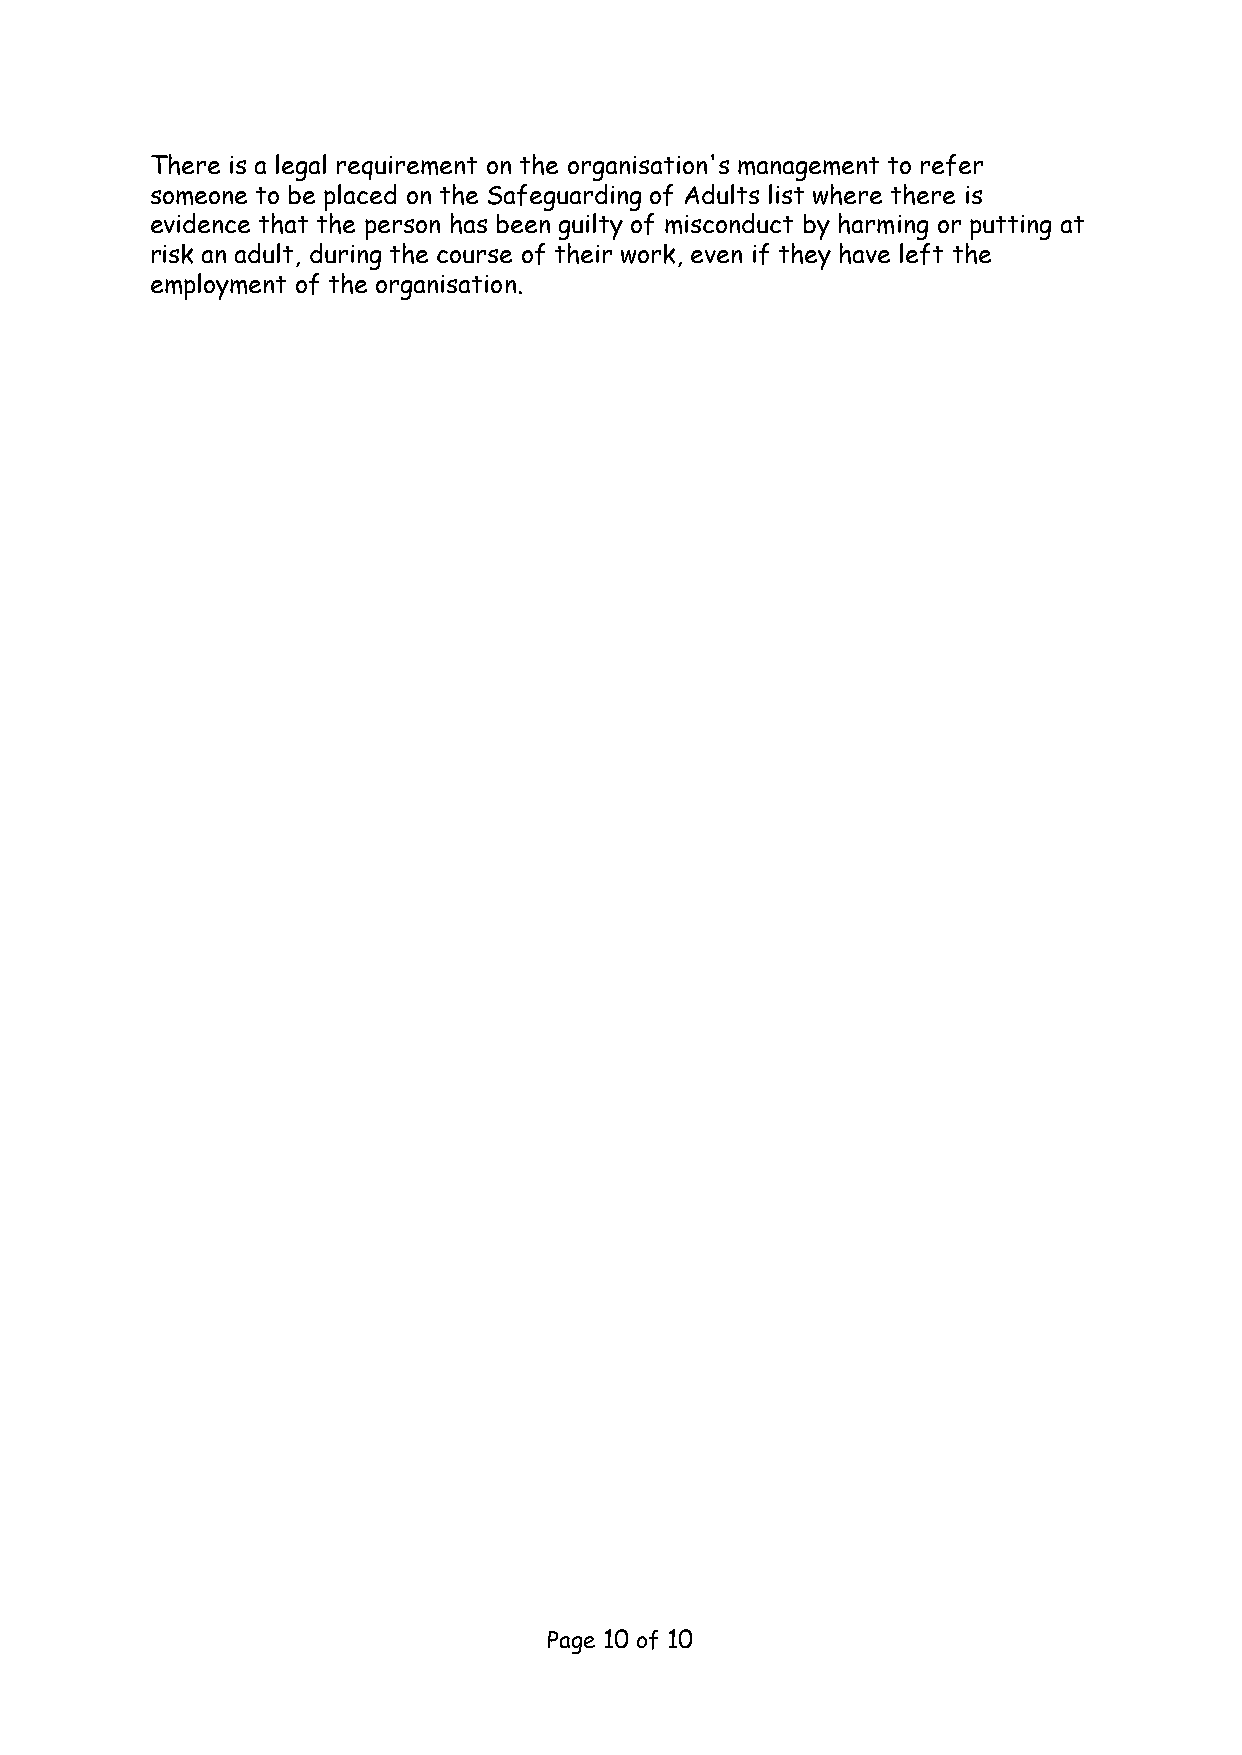
There is a legal requirement on the organisation's management to refer
 someone to be placed on the Safeguarding of Adults list where there is
 evidence that the person has been guilty of misconduct by harming or putting at
 risk an adult, during the course of their work, even if they have left the
 employment of the organisation.
 Page 10 of 10